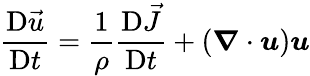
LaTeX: \frac{\mathrm{D}\vec{u}}{\mathrm{D}t}=\frac{1}{\rho}\frac{\mathrm{D}\vec{J}}{\mathrm{D}t}+(\boldsymbol{\nabla}\cdot\boldsymbol{u})\boldsymbol{u}